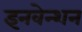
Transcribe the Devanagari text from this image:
इनवेन्शन